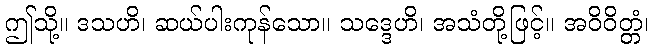
ဤသို့။ ဒသဟိ၊ ဆယ်ပါးကုန်သော။ သဒ္ဒေဟိ၊ အသံတို့ဖြင့်။ အဝိဝိတ္တံ၊